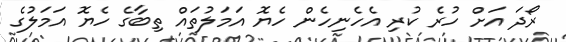
ރޯދަ އަށް ހުރެ ކުރި އެހެނިހެން ހެޔޮ އަމަލުތައް ތިބާގެ ހެޔޮ އަމަލުގެ